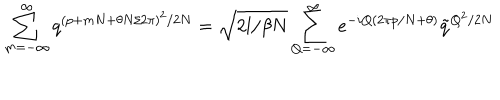
\sum _ { m = - \infty } ^ { \infty } q ^ { ( p + m N + \theta N / 2 \pi ) ^ { 2 } / 2 N } = \sqrt { 2 l / \beta N } \sum _ { Q = - \infty } ^ { \infty } e ^ { - i Q ( 2 \pi p / N + \theta ) } \tilde { q } ^ { Q ^ { 2 } / 2 N }